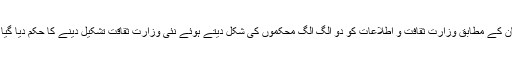
فرمان کے مطابق وزارت ثقافت و اطلاعات کو دو الگ الگ محکموں کی شکل دیتے ہوئے نئی وزارت ثقاقت تشکیل دینے کا حکم دیا گیا ہے۔